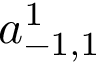
a _ { - 1 , 1 } ^ { 1 }